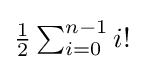
{\textstyle {1 \over 2}\sum _{i=0}^{n-1}i!}